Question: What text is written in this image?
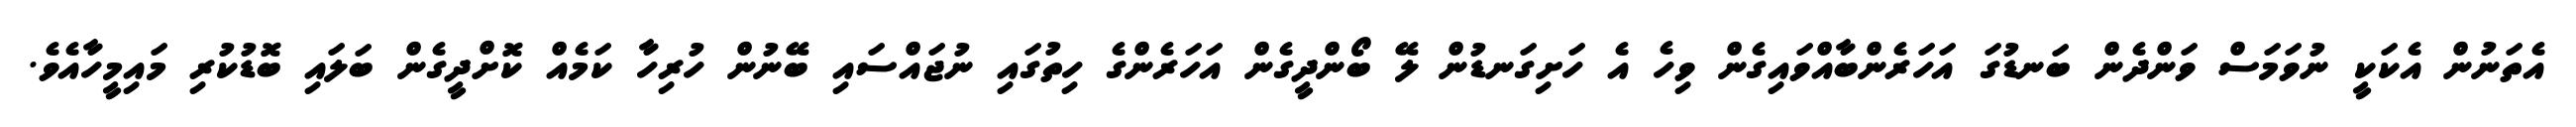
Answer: އެތަނުން އެކަކީ ނުވަމަސް ވަންދެން ބަނޑުގަ އަހަރެންބާއްވައިގެން ވިހެ އެ ހަށިގަނޑުން ލޭ ބޯންދީގެން އަހަރެންގެ ހިތުގައި ނުޖައްސައި ބޭނުން ހުރިހާ ކަމެއް ކޮށްދީގެން ބަލައި ބޮޑުކުރި މައިމީހާއެވެ.